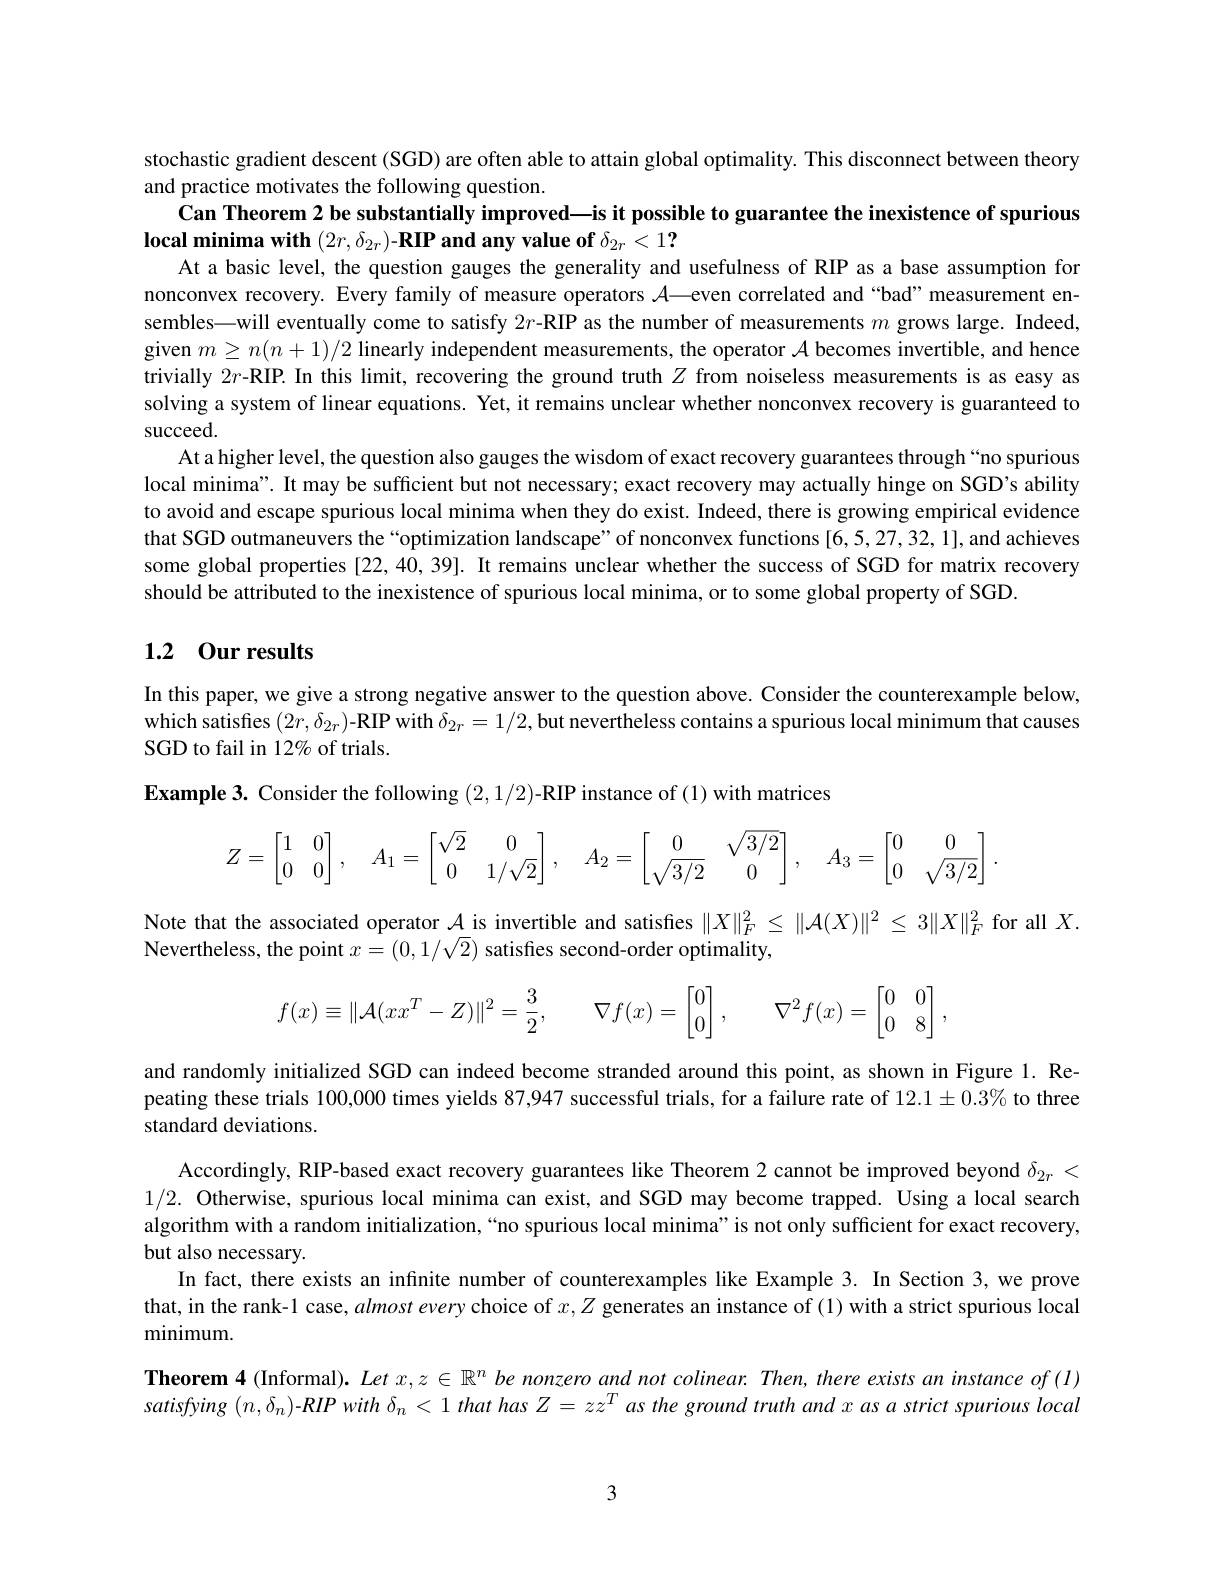
stochastic gradient descent (SGD) are often able to attain global optimality. This disconnect between theory
and practice motivates the following question.
Can Theorem 2 be substantially improved—is it possible to guarantee the inexistence of spurious
$\textbf{local minima with }( 2r, \delta _{2r}) \textbf{- RIP and any value of }\delta _{2r}< 1\mathbf{? }$

At a basic level, the question gauges the generality and usefulness of RIP as a base assumption for nonconvex recovery. Every family of measure operators $A—$even correlated and “bad”measurement ensembles—will eventually come to satisfy $2r\textbf{- RIP as the number of measurements }m$ grows large. Indeed, given $m\geq n(n+1)/2$ linearly independent measurements, the operator $\mathcal{A}$ becomes invertible, and hence trivially $2r$-RIP. In this limit, recovering the ground truth $Z$ from noiseless measurements is as easy as solving a system of linear equations. Yet, it remains unclear whether nonconvex recovery is guaranteed to succeed.
At a higher level, the question also gauges the wisdom of exact recovery guarantees through“no spurious local minima". It may be sufficient but not necessary; exact recovery may actually hinge on SGD's ability to avoid and escape spurious local minima when they do exist. Indeed, there is growing empirical evidence that SGD outmaneuvers the “optimization landscape” of nonconvex functions [6,5,27,32,1], and achieves some global properties [22,40,39]. It remains unclear whether the success of SGD for matrix recovery should be attributed to the inexistence of spurious local minima, or to some global property of SGD.

## 1.2 0ur results

In this paper, we give a strong negative answer to the question above. Consider the counterexample below, which satisfies $( 2r, \delta _{2r}) \textbf{- RIP with }\delta _{2r}= 1/ 2$,but nevertheless contains a spurious local minimum that causes SGD to fail in 12% of trials.

Example 3. Consider the following $( 2, 1/ 2) \textbf{- RIP instance of }( 1)$ with matrices
$$Z=\begin{bmatrix}1&0\\0&0\end{bmatrix},\quad A_1=\begin{bmatrix}\sqrt{2}&0\\0&1/\sqrt{2}\end{bmatrix},\quad A_2=\begin{bmatrix}0&\sqrt{3/2}\\\sqrt{3/2}&0\end{bmatrix},\quad A_3=\begin{bmatrix}0&0\\0&\sqrt{3/2}\end{bmatrix}.$$
Note that the associated operator $\mathcal{A}$ is invertible and satisfies $\|X\|_F^2\leq\|\mathcal{A}(X)\|^2\leq3\|X\|_F^2$ for all $X.$
Nevertheless, the point $x=(0,1/\sqrt{2})$ satisfies second-order optimality,
$$f(x)\equiv\|\mathcal A(xx^T-Z)\|^2=\dfrac32,\quad\nabla f(x)=\begin{bmatrix}0\\0\end{bmatrix},\quad\nabla^2f(x)=\begin{bmatrix}0&0\\0&8\end{bmatrix},$$
and randomly initialized SGD can indeed become stranded around this point, as shown in Figure 1. Repeating these trials 100,0000 times yields 87,947 successful trials, for a failure rate of $12.1\pm0.3\%$ to three standard deviations.

Accordingly, RIP-based exact recovery guarantees like Theorem 2 cannot be improved beyond $\delta_{2r}<$ 1/2. Otherwise, spurious local minima can exist, and SGD may become trapped. Using a local search algorithm with a random initialization,“no spurious local minima”is not only sufficient for exact recovery, but also necessary.
In fact, there exists an infinite number of counterexamples like Example 3. In Section 3, we prove that, in the rank-1 case, almost every choice of $x,Z$ generates an instance of (1) with a strict spurious local minimum.
Theorem 4 (Informal). Let $x,z\in\mathbb{R}^n$ be nonzero and not colinear. Then, there exists an instance of (I)

$satisfying~(n,\delta_{n})-RIP~with~\delta_{n}<1~that~has~Z=zz^{T}~as~the~ground~truth~and~x~as~a~strict~spurious~local$

3